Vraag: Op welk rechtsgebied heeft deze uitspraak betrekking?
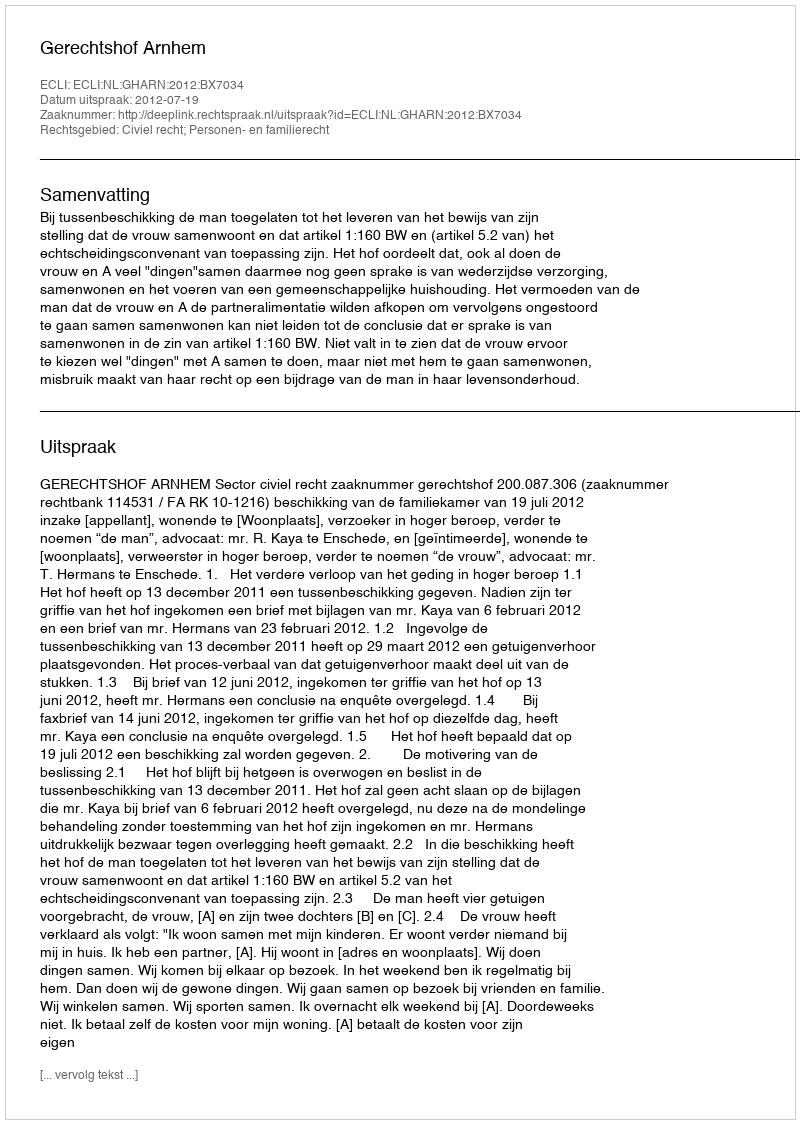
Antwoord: Civiel recht; Personen- en familierecht